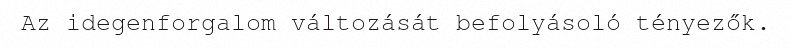
Az idegenforgalom változását befolyásoló tényezők.